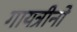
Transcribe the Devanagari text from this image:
गायत्रीनो